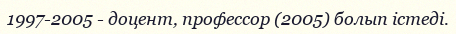
1997-2005 - доцент, профессор (2005) болып істеді.